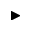
\blacktriangleright